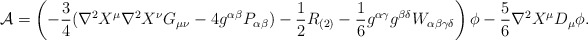
\begin{align*}{\cal A} = \left(- \frac{3}{4} (\nabla^2 X^\mu \nabla^2 X^\nu G_{\mu \nu} - 4 g^{\alpha \beta} P_{\alpha \beta}) - \frac{1}{2} R_{(2)} - \frac{1}{6} g^{\alpha \gamma} g^{\beta \delta} W_{\alpha \beta \gamma \delta} \right) \phi - \frac{5}{6} \nabla^2 X^\mu D_\mu \phi .\end{align*}